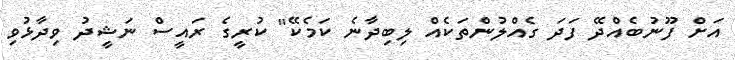
އަށް ފޫނުބެއްދޭ ފަދަ ގެއްލުންތަކެއް ލިބިދާނެ ކަމެކޭ" ކުރީގެ ރައީސް ނަޝީދު ވިދާޅުވި